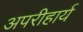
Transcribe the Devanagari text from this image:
अपरीहार्य